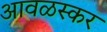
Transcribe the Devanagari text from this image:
आवळस्कर